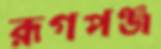
রূগপঞ্জ